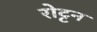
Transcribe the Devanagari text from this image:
रोट्टन